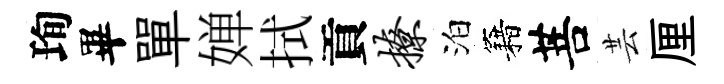
珣畢單婵拭貢撩泊籍菩芸厘